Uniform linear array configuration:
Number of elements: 32
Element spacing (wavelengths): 0.75
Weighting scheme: uniform
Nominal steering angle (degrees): -30
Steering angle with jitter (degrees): -29.802
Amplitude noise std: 0.05
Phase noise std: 0.05

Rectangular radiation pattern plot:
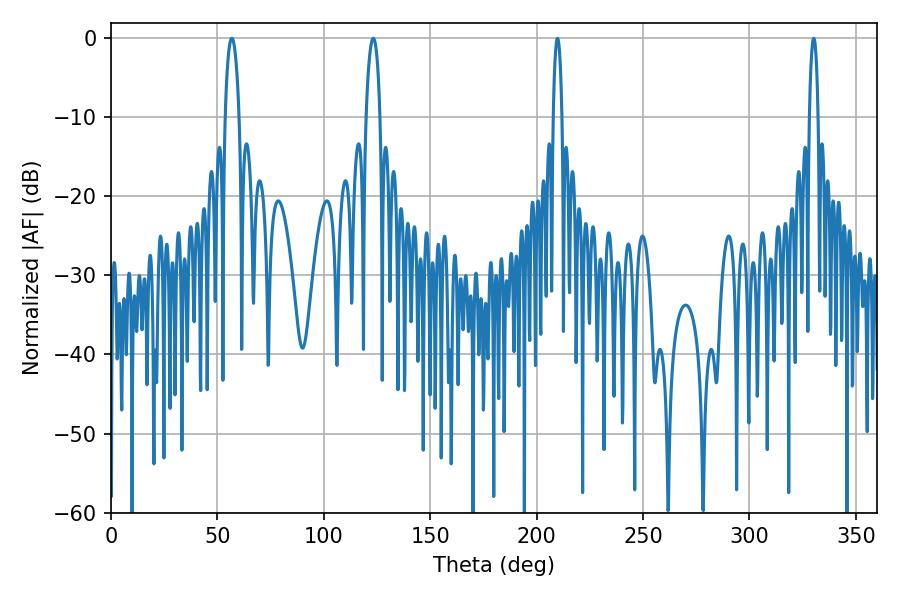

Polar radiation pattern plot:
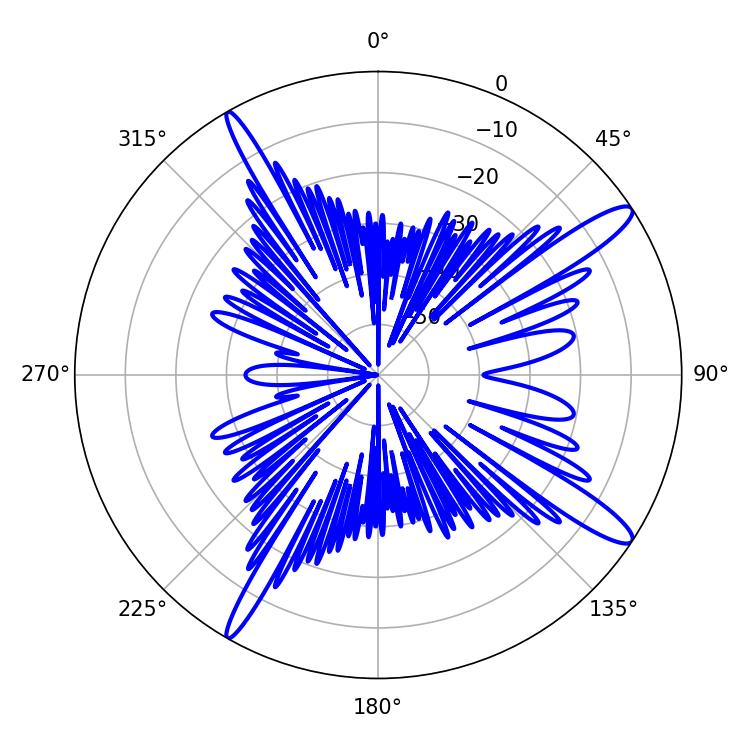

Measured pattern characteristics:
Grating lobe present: TRUE
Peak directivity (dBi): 14.032
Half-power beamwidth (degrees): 3.78
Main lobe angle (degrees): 56.7